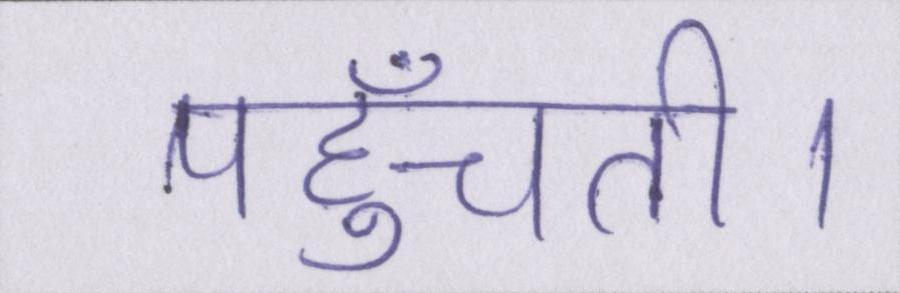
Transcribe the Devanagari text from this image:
पहुँचती।